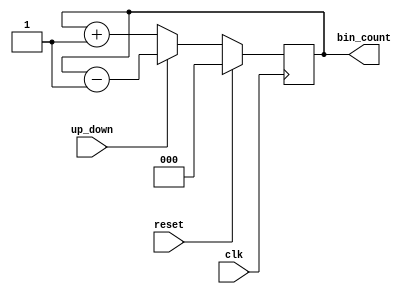
module cntr_3ud(
                up_down                      ,//count control
                clk                          ,//clock
                reset                        ,//reset
                bin_count                     //output
                )                            ;

//port declaration
input             up_down, clk, reset        ;//count control, clock, reset declaration
output reg  [2:0] bin_count                  ;//output declaration

/*implement the counter when reset is 0, then execute up count if up_down is 0 else execute down count*/
always @ (posedge clk)                        //clock in the sensitivity list
   begin
      if (reset)                              //check for reset
         bin_count <= 0                      ;//count value will be 0 if reset is 1
      else
         begin
            if (up_down)                      //check for up count or down count
               bin_count <= bin_count - 1    ;//down count
            else
               bin_count <= bin_count + 1    ;//up count
         end
   end

endmodule                                     //end of counter